Annual administration report of the Civil Veterinary Department, Sind - 1937-1938
Year: 1937
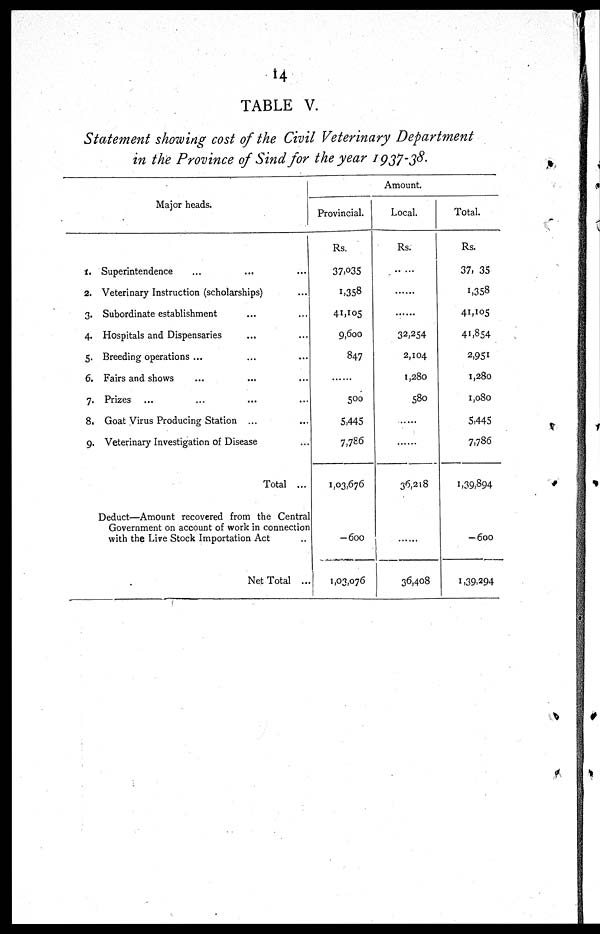
14
TABLE V.
Statement showing cost of the Civil Veterinary Department
in the Province of Sind for the year 1937-38.
Major heads.
1.
2.
3.
4.
5.
6.
7.
8.
9.
Superintendence ... ... ...
Veterinary Instruction (scholarships) ...
Subordinate establishment ... ...
Hospitals and Dispensaries ... ...
Breeding operations ... ... ...
Fairs and shows ... ... ...
Prizes ... ... ... ...
Goat Virus Producing Station ... ...
Veterinary Investigation of Disease ...
Total ...
Deduct—Amount recovered from the Central
Government on account of work in connection
with the Live Stock Importation Act ..
Net Total ...
Amount.
Provincial.
Rs.
37,035
1,358
41,105
9,600
847
......
500
5,445
7,786
1,03,676
-600
1,03,076
Local.
Rs.
......
......
......
32,254
2,104
1,280
580
......
......
36,218
......
36,408
Total.
Rs.
37, 35
1,358
41,105
41,854
2,951
1,280
1,080
5,445
7,786
1,39,894
-600
1,39,294